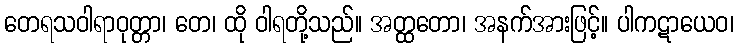
တေရသဝါရာဝုတ္တာ၊ တေ၊ ထို ဝါရတို့သည်။ အတ္ထတော၊ အနက်အားဖြင့်။ ပါကဋာယေဝ၊